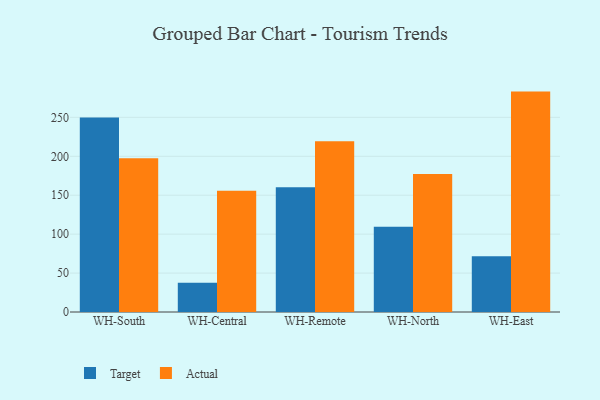
{"axis": {"x": "Warehouse", "y": "Customer Acquisition Cost (USD)"}, "legend": ["Actual", "Target"], "data": [{"x": "WH-South", "y": 249.7, "type": "Target"}, {"x": "WH-South", "y": 197.6, "type": "Actual"}, {"x": "WH-Central", "y": 37.5, "type": "Target"}, {"x": "WH-Central", "y": 155.6, "type": "Actual"}, {"x": "WH-Remote", "y": 160.1, "type": "Target"}, {"x": "WH-Remote", "y": 219.2, "type": "Actual"}, {"x": "WH-North", "y": 109.5, "type": "Target"}, {"x": "WH-North", "y": 177.2, "type": "Actual"}, {"x": "WH-East", "y": 71.6, "type": "Target"}, {"x": "WH-East", "y": 283.1, "type": "Actual"}]}